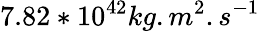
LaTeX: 7.82*10^{42}kg.m^{2}.s^{-1}